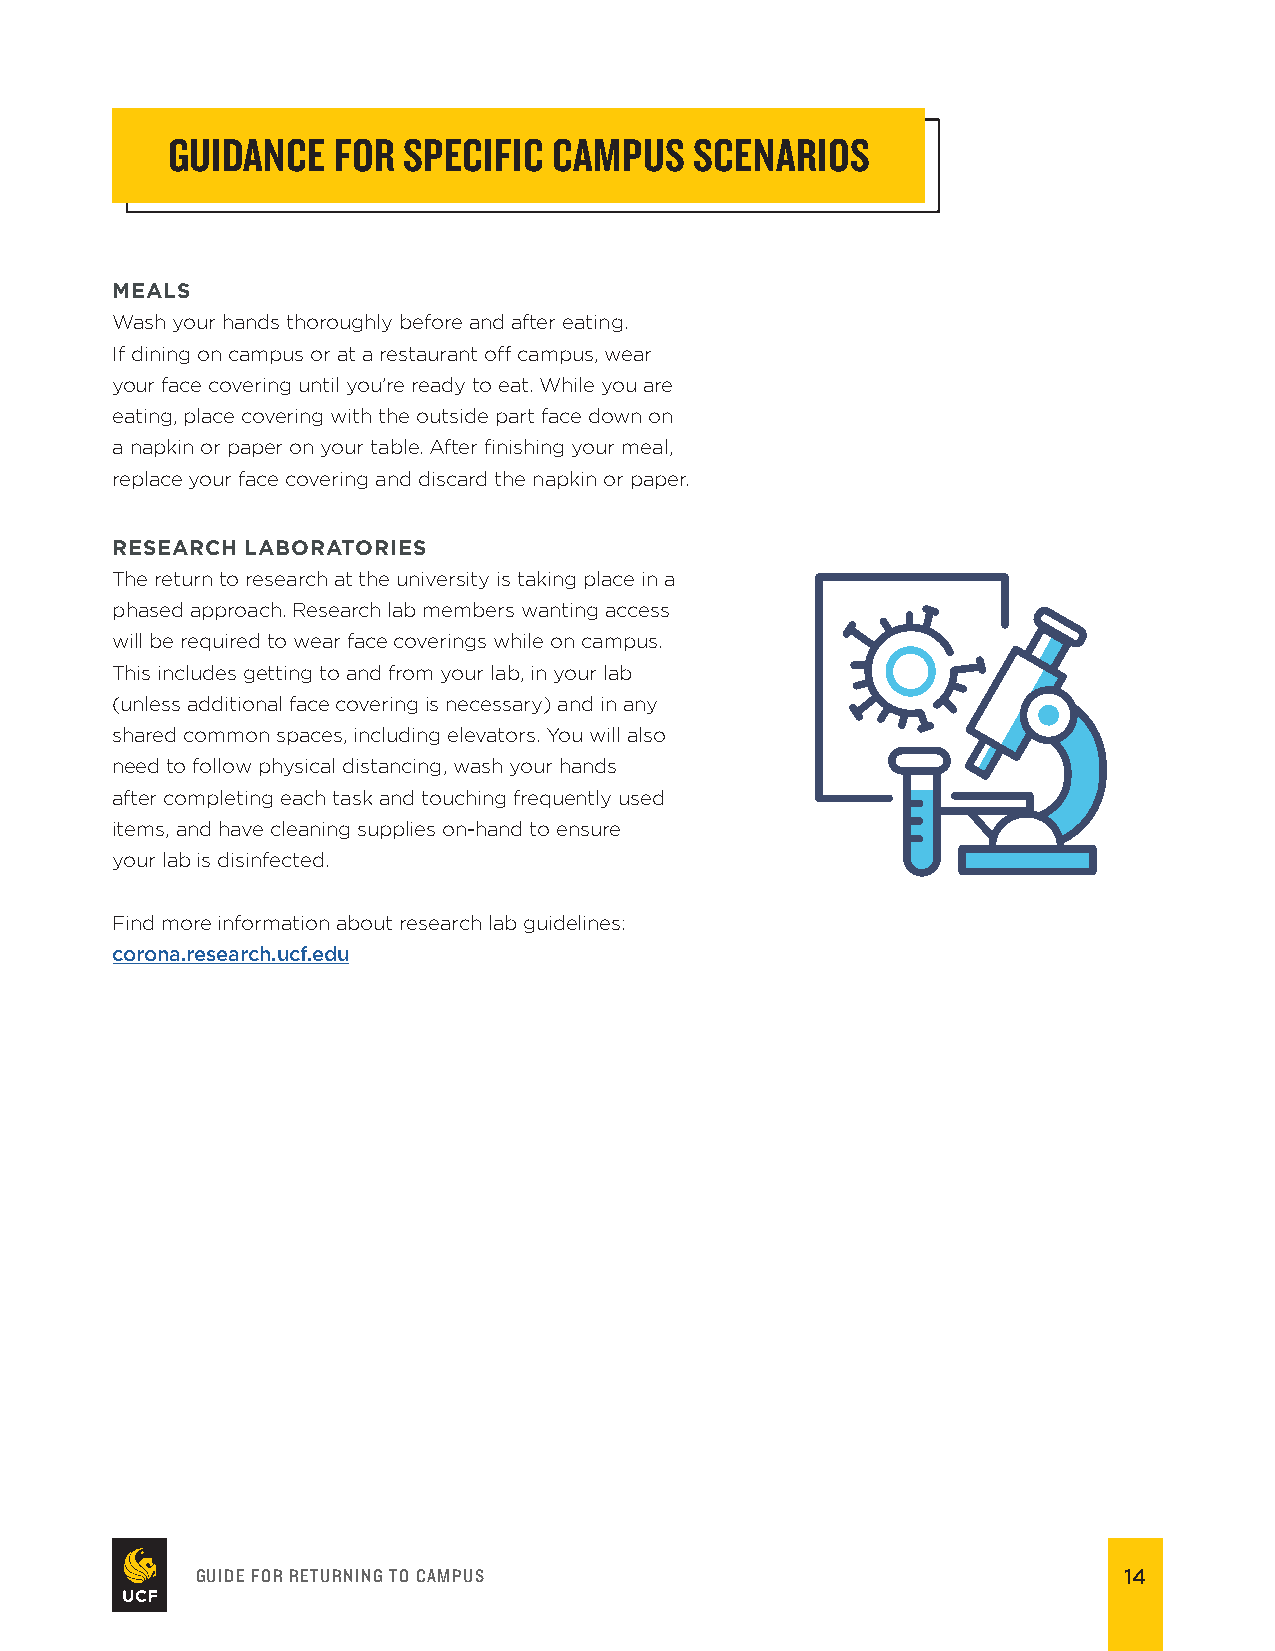
GUIDANCE   FOR  SPECIFIC  CAMPUS   SCENARIOS
 MEALS
 Wash your hands thoroughly before and after eating.
 If dining on campus or at a restaurant of campus, wear
 your face covering until you’re ready to eat. While you are
 eating, place covering with the outside part face down on
 a napkin or paper on your table. After fnishing your meal,
 replace your face covering and discard the napkin or paper.
 RESEARCH LABORATORIES
 The return to research at the university is taking place in a
 phased approach. Research lab members wanting access
 will be required to wear face coverings while on campus.
 This includes getting to and from your lab, in your lab
 (unless additional face covering is necessary) and in any
 shared common spaces, including elevators. You will also
 need to follow physical distancing, wash your hands
 after completing each task and touching frequently used
 items, and have cleaning supplies on-hand to ensure
 your lab is disinfected.
 Find more information about research lab guidelines:
 corona.research.ucf.edu
 GUIDE FOR RETURNING TO CAMPUS                                14